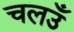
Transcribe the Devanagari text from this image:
चलउँ